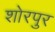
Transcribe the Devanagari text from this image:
शोरपुर